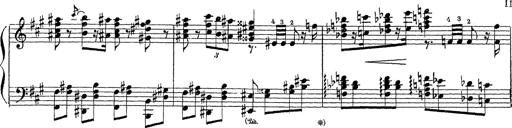
Title: Ballade No.1
Composer: Richard St. Clair